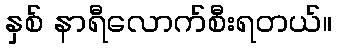
နှစ် နာရီလောက်စီးရတယ်။